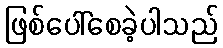
ဖြစ်ပေါ်စေခဲ့ပါသည်